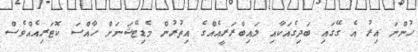
ހުންނަ އިރު އެ ގޭގައި ބަދިގެއަކާއި ލައިބްރަރީއެއްގެ އިތުރުން މެޑިޓޭޝަނަށް ހާއްސަ ކޮޓަރިއެއްވެސް